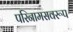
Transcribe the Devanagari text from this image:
परिनामसवरूप